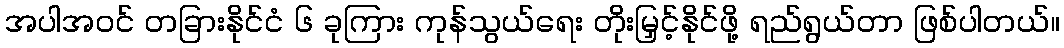
အပါအဝင် တခြားနိုင်ငံ ၆ ခုကြား ကုန်သွယ်ရေး တိုးမြှင့်နိုင်ဖို့ ရည်ရွယ်တာ ဖြစ်ပါတယ်။